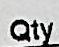
QTY